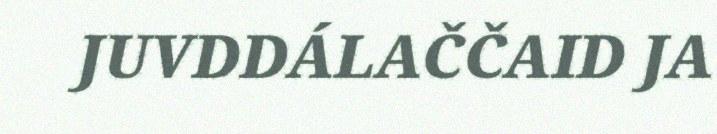
JUVDDÁLAČČAID JA